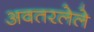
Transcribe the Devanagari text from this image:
अवतरलेले